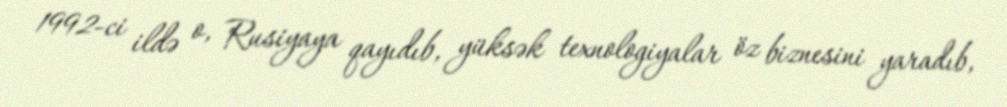
1992-ci ildə o, Rusiyaya qayıdıb, yüksək texnologiyalar öz biznesini yaradıb,